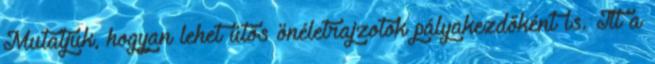
Mutatjuk, hogyan lehet ütős önéletrajzotok pályakezdőként is. Itt a